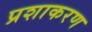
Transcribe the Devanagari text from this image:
प्रशाकरण